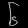
Digit: ၆